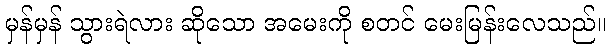
မှန်မှန် သွားရဲလား ဆိုသော အမေးကို စတင် မေးမြန်းလေသည်။